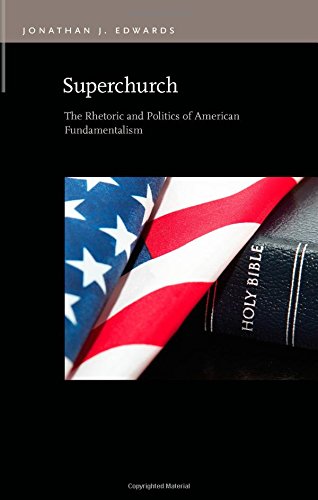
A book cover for Superchurch: The Rhetoric and Politics of American Fundamentalism (Rhetoric & Public Affairs); Jonathan J. Edwards; Christian Books & Bibles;